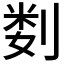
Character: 𫦉